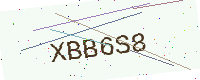
Text: XBB6S8